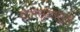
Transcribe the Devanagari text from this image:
शैलसुतासुतं